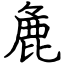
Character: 麁